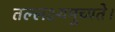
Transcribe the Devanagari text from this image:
तल्लक्ष्यमुच्यते।